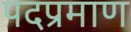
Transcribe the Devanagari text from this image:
पदप्रमाण